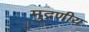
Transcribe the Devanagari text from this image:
मुद्रणीय